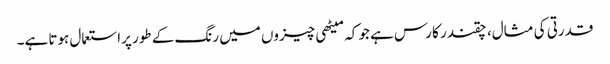
قدرتی کی مثال، چقندر کا رس ہے جو کہ میٹھی چیزوں میں رنگ کے طور پراستعمال ہوتا ہے۔